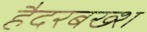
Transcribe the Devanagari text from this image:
हैदरबख्श